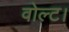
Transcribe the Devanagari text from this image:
वोल्ट।